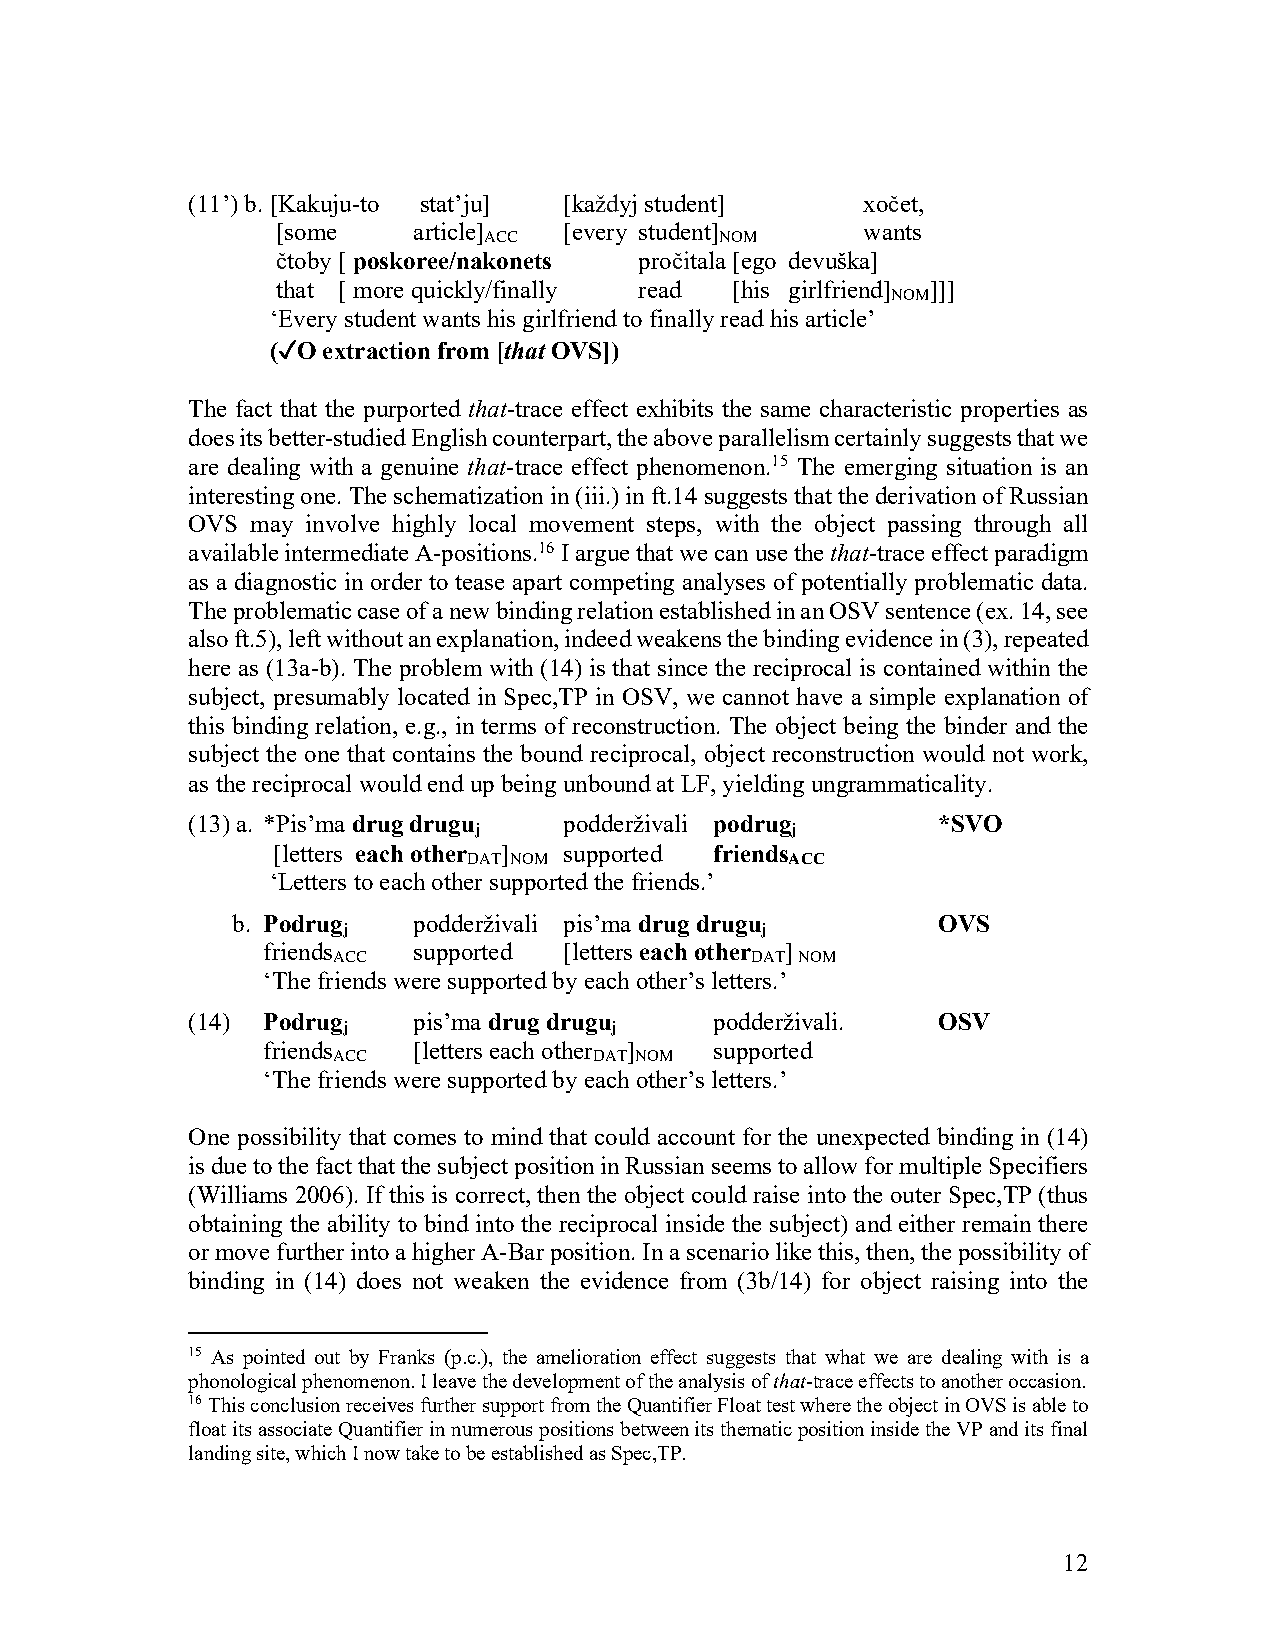
(11’) b. [Kakuju-to stat’ju] [každyj student] xočet,
 [some    article]
 ACC
 [every student]
 NOM
 wants
 čtoby [ poskoree/nakonets pročitala [ego devuška]
 that [ more quickly/finally read [his girlfriend] ]]]
 NOM
 ‘Every student wants his girlfriend to finally read his article’
 (✓O extraction from [that OVS])
 The fact that the purported that-trace effect exhibits the same characteristic properties as
 does its better-studied English counterpart, the above parallelism certainly suggests that we
 are dealing with a genuine that-trace effect phenomenon.15 The emerging situation is an
 interesting one. The schematization in (iii.) in ft.14 suggests that the derivation of Russian
 OVS  may involve highly local movement steps, with the object passing through all
 available intermediate A-positions.16 I argue that we can use the that-trace effect paradigm
 as a diagnostic in order to tease apart competing analyses of potentially problematic data.
 The problematic case of a new binding relation established in an OSV sentence (ex. 14, see
 also ft.5), left without an explanation, indeed weakens the binding evidence in (3), repeated
 here as (13a-b). The problem with (14) is that since the reciprocal is contained within the
 subject, presumably located in Spec,TP in OSV, we cannot have a simple explanation of
 this binding relation, e.g., in terms of reconstruction. The object being the binder and the
 subject the one that contains the bound reciprocal, object reconstruction would not work,
 as the reciprocal would end up being unbound at LF, yielding ungrammaticality.
 (13) a. *Pis’ma drug drugu podderživali podrug    *SVO
 j                    j
 [letters each other ] supported friends
 DAT NOM              ACC
 ‘Letters to each other supported the friends.’
 b. Podrug   podderživali pis’ma drug drugu     OVS
 j                          j
 friends   supported [letters each other ]
 ACC                         DAT NOM
 ‘The friends were supported by each other’s letters.’
 (14) Podrug    pis’ma drug drugu   podderživali.  OSV
 j                j
 friends   [letters each other ] supported
 ACC              DAT NOM
 ‘The friends were supported by each other’s letters.’
 One possibility that comes to mind that could account for the unexpected binding in (14)
 is due to the fact that the subject position in Russian seems to allow for multiple Specifiers
 (Williams 2006). If this is correct, then the object could raise into the outer Spec,TP (thus
 obtaining the ability to bind into the reciprocal inside the subject) and either remain there
 or move further into a higher A-Bar position. In a scenario like this, then, the possibility of
 binding in (14) does not weaken the evidence from (3b/14) for object raising into the
 15 As pointed out by Franks (p.c.), the amelioration effect suggests that what we are dealing with is a
 phonological phenomenon. I leave the development of the analysis of that-trace effects to another occasion.
 16 This conclusion receives further support from the Quantifier Float test where the object in OVS is able to
 float its associate Quantifier in numerous positions between its thematic position inside the VP and its final
 landing site, which I now take to be established as Spec,TP.
 12